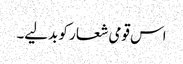
اس قومی شعار کو بدلیے۔